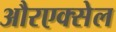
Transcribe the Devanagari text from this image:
औरएक्सेल